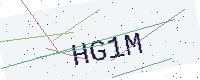
Text: HG1M